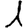
Digit: 1